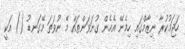
ހަޖަމުކުރާ ނިޒާމްގައި ހިމެނޭ އެހެން ގުނަވަންތައް މޭ ނުވަތަ މޭގަނޑު () އަކީ